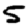
Digit: 5